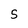
Character: 5